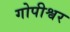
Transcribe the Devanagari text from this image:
गोपीश्वर